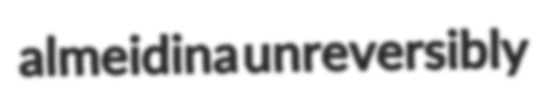
almeidina unreversibly